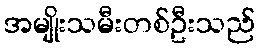
အမျိုးသမီးတစ်ဦးသည်